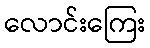
လောင်းကြေး